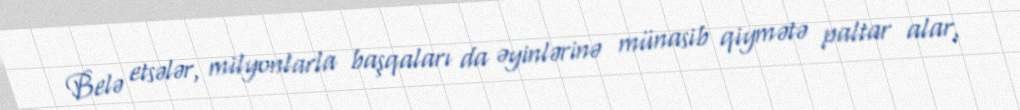
Belə etsələr, milyonlarla başqaları da əyinlərinə münasib qiymətə paltar alar,